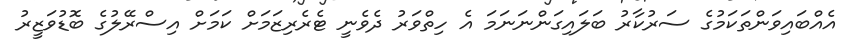
އެއްބައިވަންތަކަމުގެ ސަރުކާރު ބަލައިގަންނަނަމަ އެ ހިތްވަރު ދެވެނީ ޓެރެރިޒަމަށް ކަމަށް އިސްރޭލުގެ ބޮޑުވަޒީރު